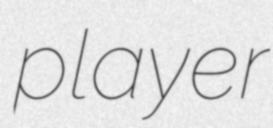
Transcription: player